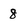
Character: 8